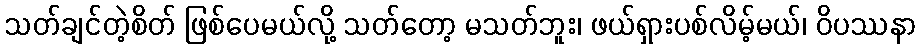
သတ်ချင်တဲ့စိတ် ဖြစ်ပေမယ်လို့ သတ်တော့ မသတ်ဘူး၊ ဖယ်ရှားပစ်လိမ့်မယ်၊ ဝိပဿနာ